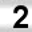
Digit: 2